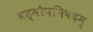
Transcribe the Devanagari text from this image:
ब्रह्मौपनिषदम्